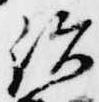
結